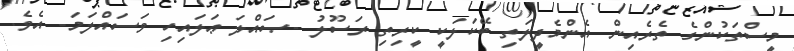
މީސްތަކުންގެ ތެރެއިން އެންމެދީލަތި ބޭކަލަކީ ކީރިތި ރަސޫލު -ޞައްލަ ޢަލައިހި ވަސައްލަމަ- އެވެ.